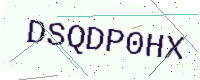
Text: DSQDP0HX